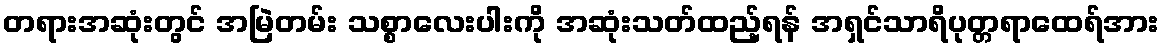
တရားအဆုံးတွင် အမြဲတမ်း သစ္စာလေးပါးကို အဆုံးသတ်ထည့်ရန် အရှင်သာရိပုတ္တရာထေရ်အား